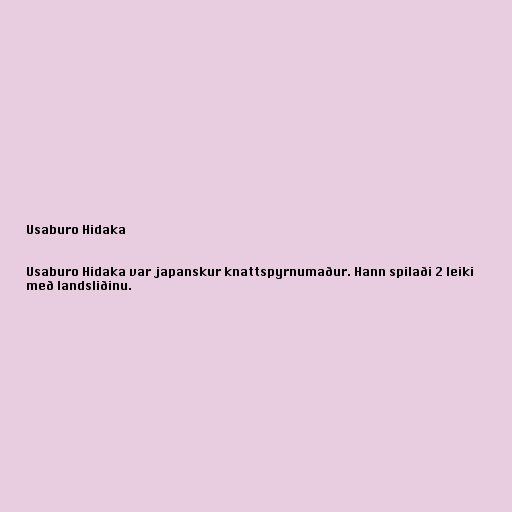
Usaburo Hidaka

Usaburo Hidaka var japanskur knattspyrnumaður. Hann spilaði 2 leiki
með landsliðinu.